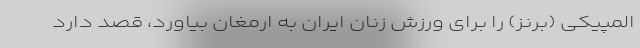
المپیکی (برنز) را برای ورزش زنان ایران به ارمغان بیاورد، قصد دارد